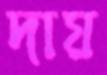
দায়